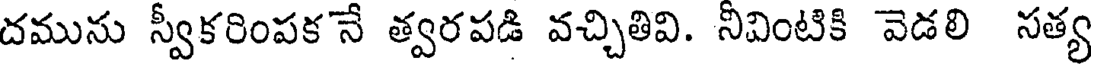
దమును స్వీకరింపక నే త్వరపడి వచ్చితివి. నీవింటికి వెడలి సత్య